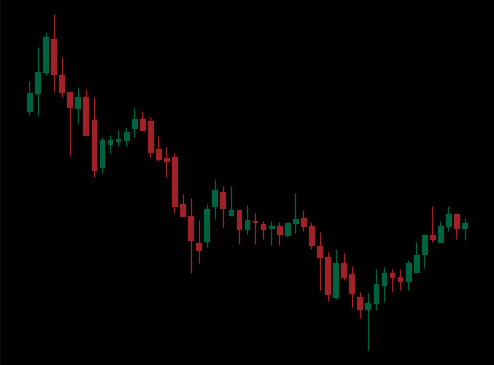
Pattern: bull_flag